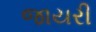
જાયરી